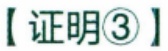
【证明\textcircled{3}】